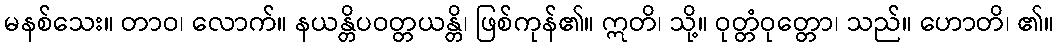
မနစ်သေး။ တာဝ၊ လောက်။ နယန္တိပဝတ္တယန္တိ၊ ဖြစ်ကုန်၏။ ဣတိ၊ သို့။ ဝုတ္တံဝုတ္တော၊ သည်။ ဟောတိ၊ ၏။